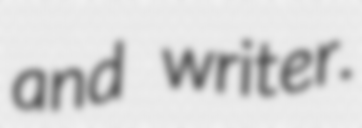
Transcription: and writer.